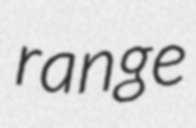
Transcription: range